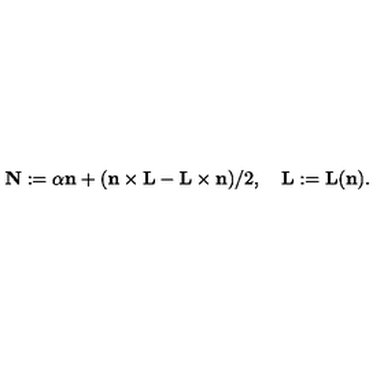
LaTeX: { \bf N } : = \alpha { \bf n } + ( { \bf n } \times { \bf L } - { \bf L } \times { \bf n } ) / 2 , \quad { \bf L } : = { \bf L } ( { \bf n } ) .